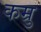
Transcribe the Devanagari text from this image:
कम्रु